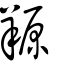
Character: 羱